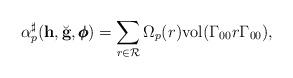
LaTeX: \begin{align*} \alpha_p^{\sharp}(\mathbf h, \breve{\mathbf g}, \pmb{\phi}) = \sum_{r\in \mathcal R} \Omega_p(r) \mathrm{vol}(\Gamma_{00}r\Gamma_{00}),\end{align*}